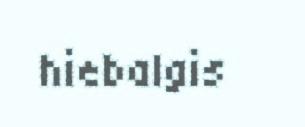
hiebalgis